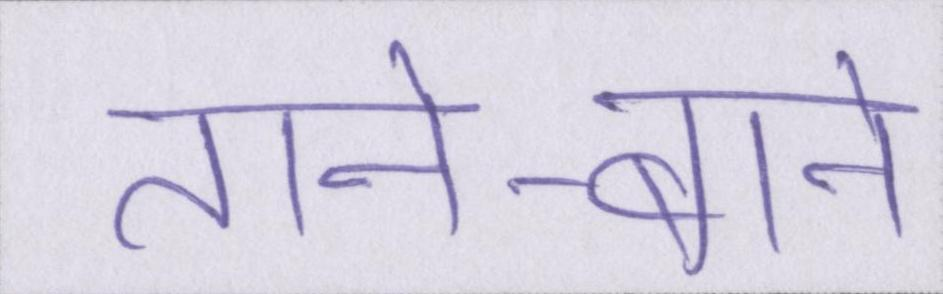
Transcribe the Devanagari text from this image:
ताने-बाने